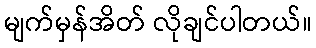
မျက်မှန်အိတ် လိုချင်ပါတယ်။